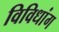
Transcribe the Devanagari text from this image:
विविधांग